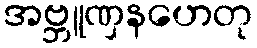
အဗ္ဘူဏှနဟေတု